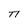
Character: n